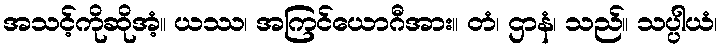
အသင့်ကိုဆိုအံ့။ ယဿ၊ အကြင်ယောဂီအား။ တံ၊ ဌာနံ၊ သည်။ သပ္ပါယံ၊